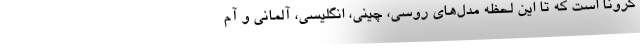
کرونا است که تا این لحظه مدل‌های روسی، چینی، انگلیسی، آلمانی و آم